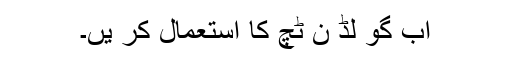
اب گو لڈ ن ٹچ کا استعمال کر یں۔